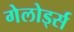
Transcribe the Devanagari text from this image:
गेलोर्ड्स